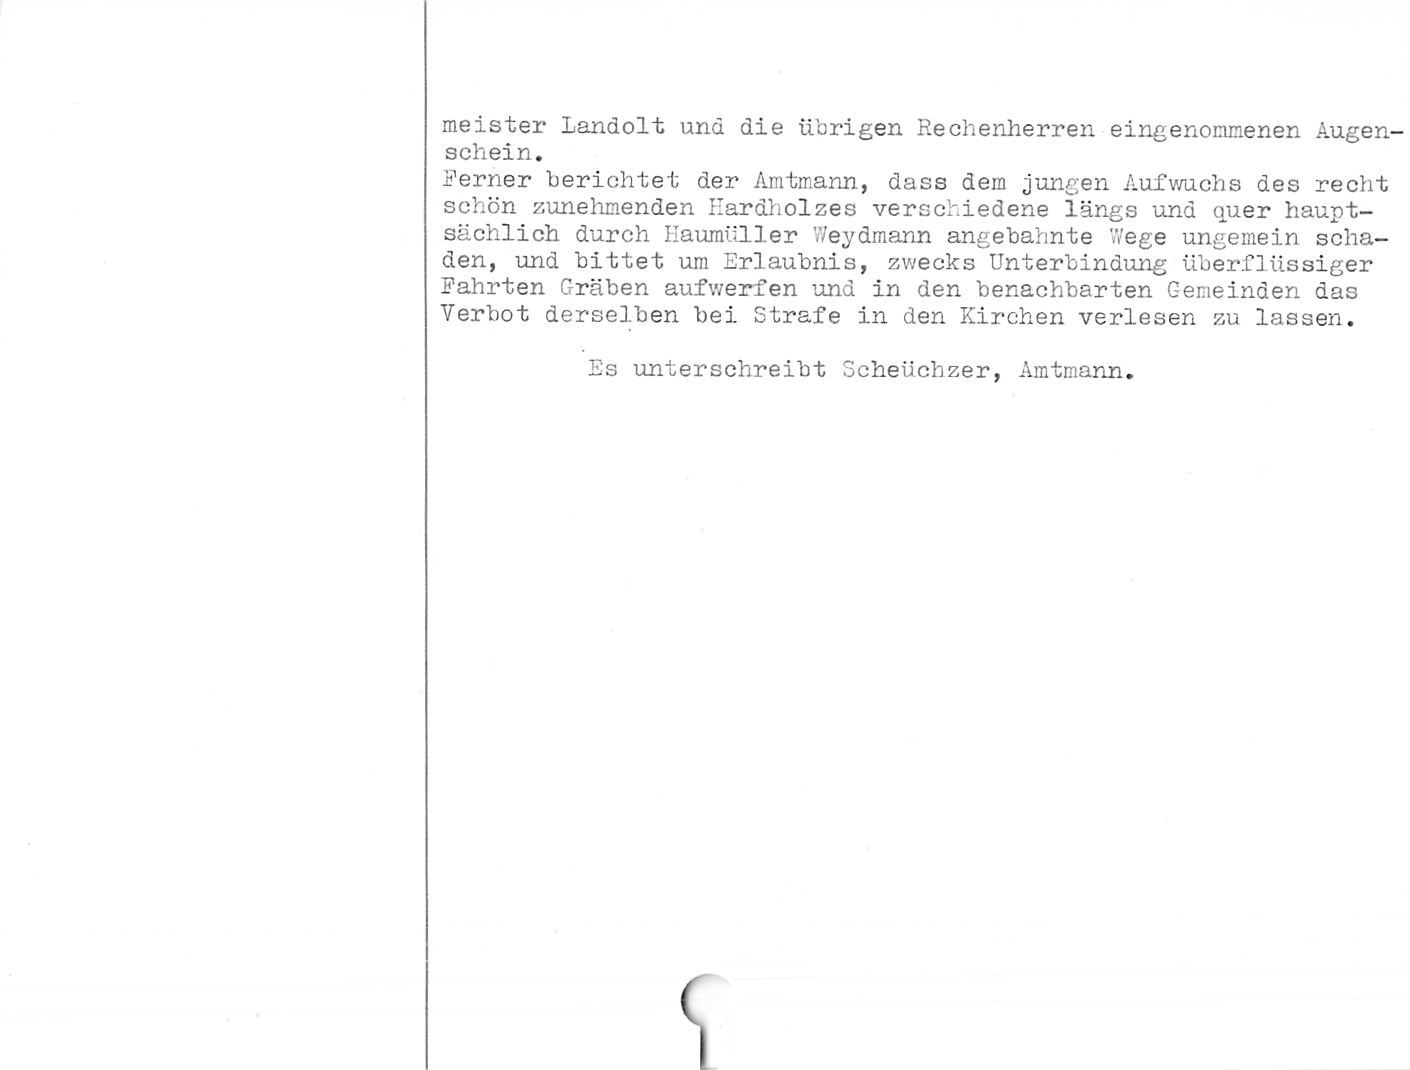
meister Landolt und die übrigen Rechenherren eingenommenen Augen¬
schein.

Ferner berichtet der Amtmann, dass dein jungen Aufwuchs des recht
schön zunehmenden Eardholzes verschiedene längs und quer haupt¬
sächlich durch Kaumüller Weydmann angebahnte Wege ungemein scha¬
den, und bittet um Erlaubnis, zwecks Unterbindung überflüssiger
Fahrten Gräben aufwerfen und in den benachbarten Gemeinden das
Verbot derselben bei Strafe in den Kirchen verlesen zu lassen.

Es unterschreibt Scheuchzer, Amtmann.